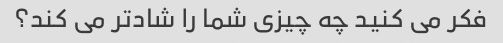
فکر می کنید چه چیزی شما را شادتر می کند؟